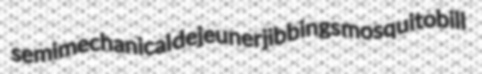
semimechanical dejeuner jibbings mosquitobill